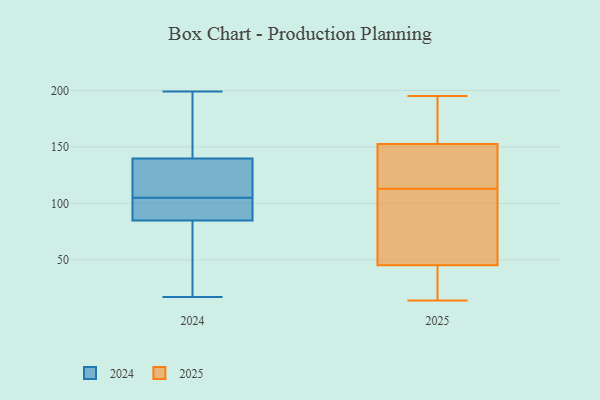
{"axis": {"x": "Operating Costs (USD K)", "y": "Value"}, "legend": ["2024", "2025"], "data": [{"x": "", "y": 75, "type": "2025"}, {"x": "", "y": 34, "type": "2025"}, {"x": "", "y": 17, "type": "2025"}, {"x": "", "y": 194, "type": "2025"}, {"x": "", "y": 14, "type": "2025"}, {"x": "", "y": 195, "type": "2025"}, {"x": "", "y": 157, "type": "2025"}, {"x": "", "y": 113, "type": "2025"}, {"x": "", "y": 34, "type": "2025"}, {"x": "", "y": 49, "type": "2025"}, {"x": "", "y": 104, "type": "2025"}, {"x": "", "y": 77, "type": "2025"}, {"x": "", "y": 176, "type": "2025"}, {"x": "", "y": 151, "type": "2025"}, {"x": "", "y": 141, "type": "2025"}, {"x": "", "y": 131, "type": "2025"}, {"x": "", "y": 122, "type": "2025"}, {"x": "", "y": 69, "type": "2024"}, {"x": "", "y": 141, "type": "2024"}, {"x": "", "y": 199, "type": "2024"}, {"x": "", "y": 136, "type": "2024"}, {"x": "", "y": 116, "type": "2024"}, {"x": "", "y": 87, "type": "2024"}, {"x": "", "y": 183, "type": "2024"}, {"x": "", "y": 105, "type": "2024"}, {"x": "", "y": 97, "type": "2024"}, {"x": "", "y": 17, "type": "2024"}, {"x": "", "y": 84, "type": "2024"}]}